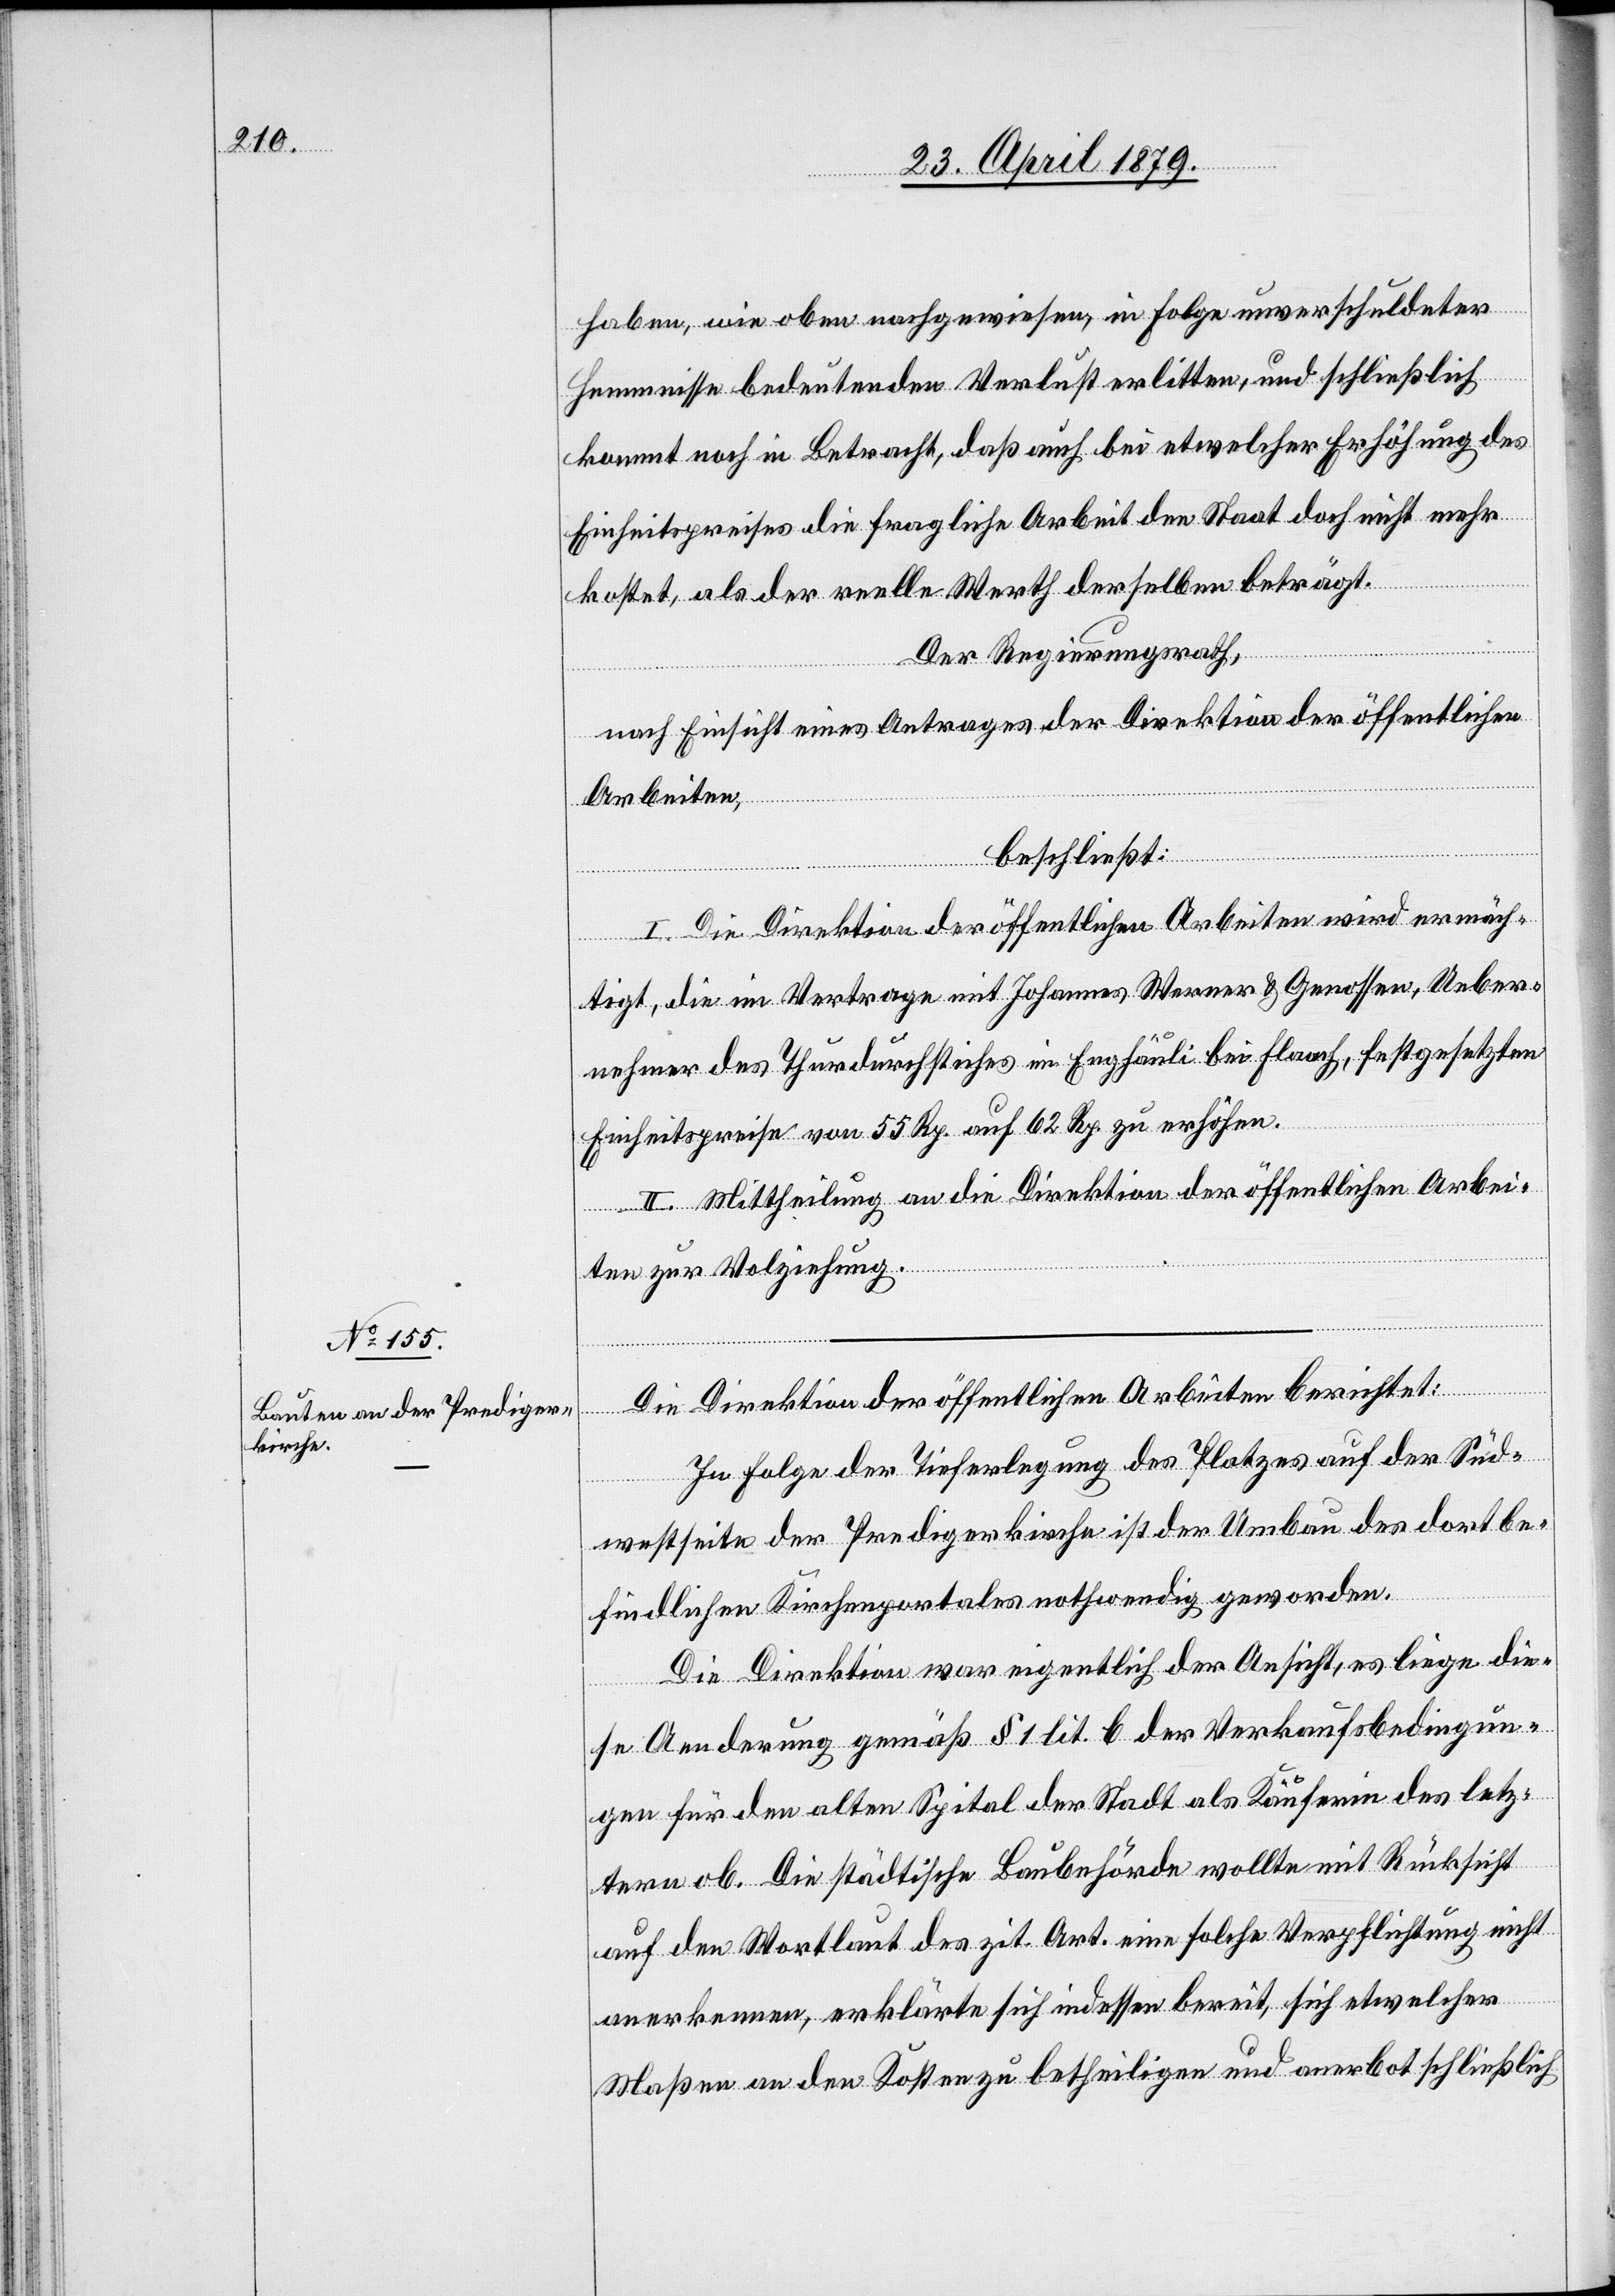
haben, wie oben nachgewiesen, in Folge unverschuldeter
Hemmnisse bedeutenden Verlust erlitten, und schließlich
kommt noch in Betracht, daß auch bei etwelcher Erhöhung des
Einheitspreises die fragliche Arbeit den Staat doch nicht mehr
kostet, als der reelle Werth derselben beträgt.
Der Regierungsrath,
nach Einsicht eines Antrages der Direktion der öffentlichen
Arbeiten,
beschließt:
I. Die Direktion der öffentlichen Arbeiten wird ermäch¬
tigt, die im Vertrage mit Johannes Werner & Genossen, Ueber¬
nehmer des Thurdurchstiches im Enghäuli bei Flaach, festgesetzten
Einheitspreise von 55 Rp. auf 62 Rp. zu erhöhen.
II. Mittheilung an die Direktion der öffentlichen Arbei¬
ten zur Vol[l]ziehung.
Die Direktion der öffentlichen Arbeiten berichtet:
In Folge der Tieferlegung des Platzes auf der Süd¬
westseite der Predigerkirche ist der Umbau des dort be¬
findlichen Kirchenportales nothwendig geworden.
Die Direktion war eigentlich der Ansicht, es liege die¬
se Aenderung gemäß § 1 lit. b der Verkaufsbedingun¬
gen für den alten Spital der Stadt als Käuferin des letz¬
tern ob. Die städtische Baubehörde wollte mit Rücksicht
auf den Wortlaut des zit. Art. eine solche Verpflichtung nicht
anerkennen, erklärte sich indessen bereit, sich etwelcher
Maßen an den Kosten zu betheiligen und anerbot schließlich